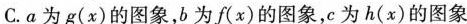
C. a为g(χ)的图象，b为f(x)的图象，c为h(x)的图象